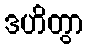
ဒဟိတွာ